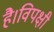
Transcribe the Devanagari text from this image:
है।विपक्षी